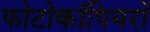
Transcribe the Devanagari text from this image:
फोटोकॉपियरों